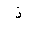
Letter: _thal